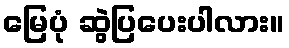
မြေပုံ ဆွဲပြပေးပါလား။